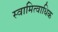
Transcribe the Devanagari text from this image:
स्वामित्वाधिक